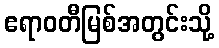
ဧရာဝတီမြစ်အတွင်းသို့